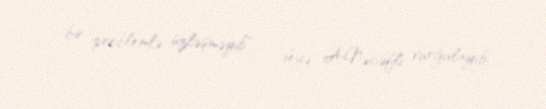
bir problemlə üzləşməyib", - deyə A.Nəcəfli vurğulayıb.